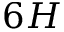
6 H